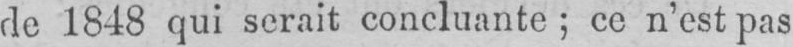
de 1848 qui serait concluante; ce n’est pas